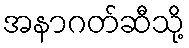
အနာဂတ်ဆီသို့